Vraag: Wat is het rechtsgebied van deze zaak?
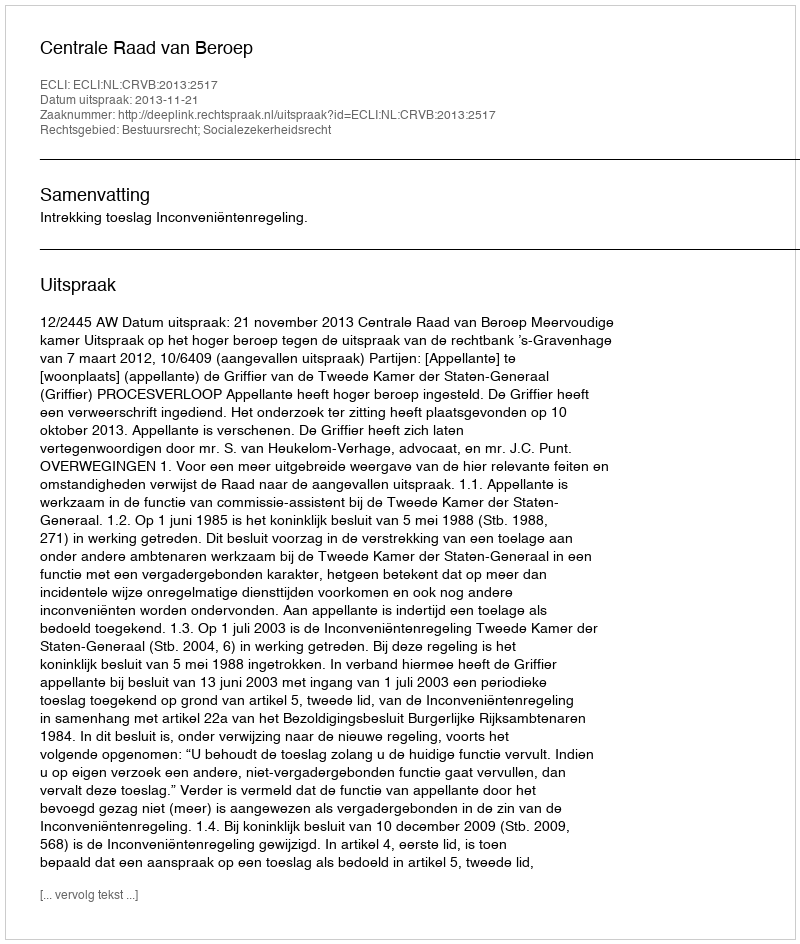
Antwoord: Bestuursrecht; Socialezekerheidsrecht